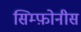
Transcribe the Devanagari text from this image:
सिम्फ़ोनीस